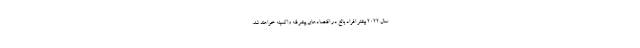
سال ۲۰۲۲ بیشتر افراد بالغ در اقتصادهای پیشرفته واکسینه خواهند شد.